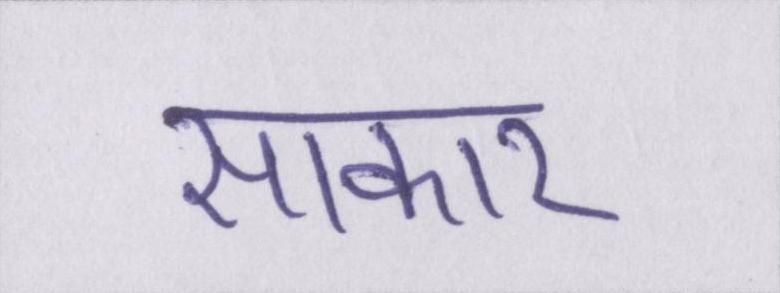
साकार